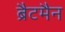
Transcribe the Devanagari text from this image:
ब्रैटमैन